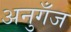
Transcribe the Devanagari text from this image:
अनुगँज